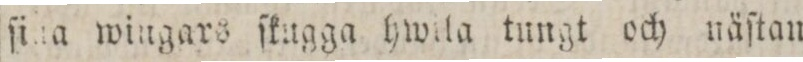
ſina wingars ſkugga hwila tungt och uäſtan